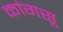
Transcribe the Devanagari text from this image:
कांगसू